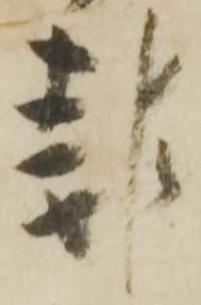
報